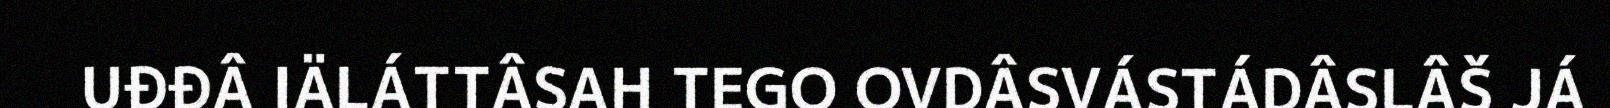
UĐĐÂ IÄLÁTTÂSAH TEGO OVDÂSVÁSTÁDÂSLÂŠ JÁ